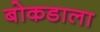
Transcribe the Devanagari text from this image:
बोकडाला